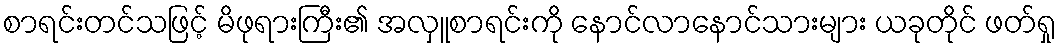
စာရင်းတင်သဖြင့် မိဖုရားကြီး၏ အလှူစာရင်းကို နောင်လာနောင်သားများ ယခုတိုင် ဖတ်ရှု